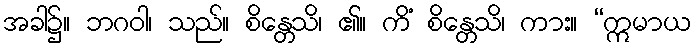
အခါ၌။ ဘဂဝါ၊ သည်။ စိန္တေသိ၊ ၏။ ကိံ စိန္တေသိ၊ ကား။ “ဣမာယ